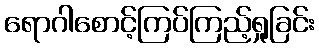
ရောဂါစောင့်ကြပ်ကြည့်ရှုခြင်း